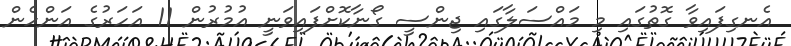
އެނގިފައިވާ ގޮތުގައި މި މައްސަލާގައި ޖިންސީ ގޯނާކޮށްފައިވަނީ އުމުރުން 11 އަހަރުގެ އަންހެން